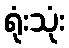
ရုံးသုံး